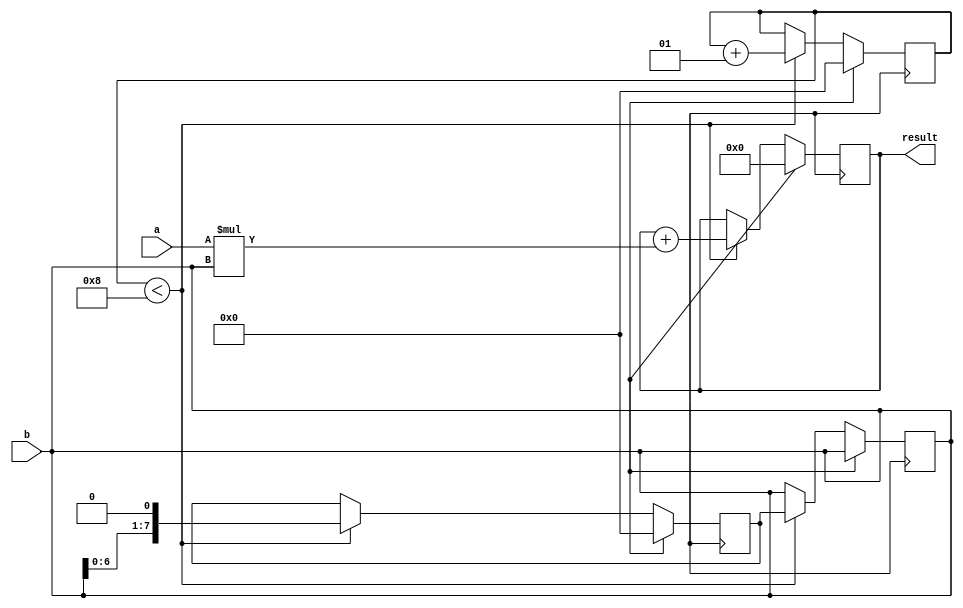
module signed_multiplier (
input signed [7:0] a,
input signed [7:0] b,
output reg signed [15:0] result
);

reg signed [15:0] product;
reg signed [7:0] counter;
reg signed [7:0] shift_reg;

always @ (posedge clock) begin
    if (reset) begin
        product <= 16'b0;
        counter <= 8'b0;
        shift_reg <= 8'b0;
    end else begin
        if (counter < 8) begin
            product <= product + (a * b);
            counter <= counter + 1;
            shift_reg <= {b[6:0], 1'b0};
            b <= shift_reg;
        end
    end
end

assign result = product;

endmodule